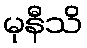
မုနီသိ